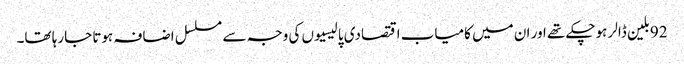
92بلین ڈالر ہوچکے تھے اور ان میں کامیاب اقتصادی پالیسیوں کی وجہ سے مسلسل اضافہ ہوتا جارہا تھا۔